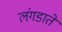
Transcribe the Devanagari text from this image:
लंगडाते